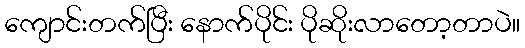
ကျောင်းတက်ပြီး နောက်ပိုင်း ပိုဆိုးလာတော့တာပဲ။